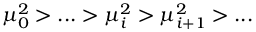
\mu _ { 0 } ^ { 2 } > . . . > \mu _ { i } ^ { 2 } > \mu _ { i + 1 } ^ { 2 } > . . .